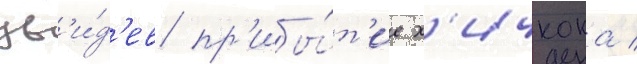
ув'и́д'ев пр'ибы́т'ие х'ичкока /